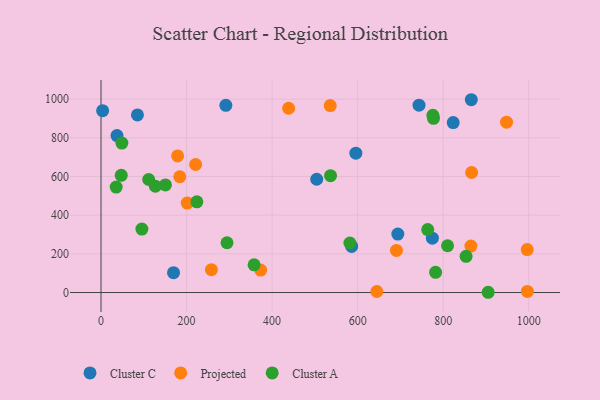
{"axis": {"x": "Distance", "y": "Demand"}, "legend": ["Cluster A", "Cluster C", "Projected"], "data": [{"x": "693.9", "y": 302.3, "type": "Cluster C"}, {"x": "3.8", "y": 940.3, "type": "Cluster C"}, {"x": "865.7", "y": 996.7, "type": "Cluster C"}, {"x": "823.4", "y": 878.5, "type": "Cluster C"}, {"x": "586.0", "y": 238.3, "type": "Cluster C"}, {"x": "774.7", "y": 280.9, "type": "Cluster C"}, {"x": "85.2", "y": 917.9, "type": "Cluster C"}, {"x": "743.5", "y": 968.4, "type": "Cluster C"}, {"x": "595.8", "y": 720.3, "type": "Cluster C"}, {"x": "504.3", "y": 585.5, "type": "Cluster C"}, {"x": "169.6", "y": 102.5, "type": "Cluster C"}, {"x": "291.9", "y": 968.0, "type": "Cluster C"}, {"x": "37.4", "y": 811.3, "type": "Cluster C"}, {"x": "690.7", "y": 217.9, "type": "Projected"}, {"x": "179.1", "y": 706.3, "type": "Projected"}, {"x": "996.4", "y": 222.1, "type": "Projected"}, {"x": "644.8", "y": 5.3, "type": "Projected"}, {"x": "535.9", "y": 966.7, "type": "Projected"}, {"x": "373.2", "y": 116.3, "type": "Projected"}, {"x": "866.4", "y": 620.5, "type": "Projected"}, {"x": "201.6", "y": 462.6, "type": "Projected"}, {"x": "438.7", "y": 952.6, "type": "Projected"}, {"x": "996.8", "y": 5.5, "type": "Projected"}, {"x": "221.2", "y": 661.8, "type": "Projected"}, {"x": "184.1", "y": 598.6, "type": "Projected"}, {"x": "864.8", "y": 239.9, "type": "Projected"}, {"x": "258.1", "y": 117.9, "type": "Projected"}, {"x": "948.1", "y": 880.6, "type": "Projected"}, {"x": "777.3", "y": 900.8, "type": "Cluster A"}, {"x": "47.3", "y": 605.9, "type": "Cluster A"}, {"x": "224.1", "y": 469.1, "type": "Cluster A"}, {"x": "127.1", "y": 549.7, "type": "Cluster A"}, {"x": "35.5", "y": 545.3, "type": "Cluster A"}, {"x": "150.7", "y": 556.0, "type": "Cluster A"}, {"x": "48.8", "y": 772.4, "type": "Cluster A"}, {"x": "905.1", "y": 1.3, "type": "Cluster A"}, {"x": "536.6", "y": 604.0, "type": "Cluster A"}, {"x": "111.5", "y": 584.3, "type": "Cluster A"}, {"x": "782.2", "y": 104.5, "type": "Cluster A"}, {"x": "853.5", "y": 187.3, "type": "Cluster A"}, {"x": "294.6", "y": 257.4, "type": "Cluster A"}, {"x": "581.9", "y": 256.0, "type": "Cluster A"}, {"x": "775.9", "y": 915.9, "type": "Cluster A"}, {"x": "357.9", "y": 143.0, "type": "Cluster A"}, {"x": "763.8", "y": 325.2, "type": "Cluster A"}, {"x": "95.6", "y": 328.0, "type": "Cluster A"}, {"x": "810.2", "y": 241.7, "type": "Cluster A"}]}